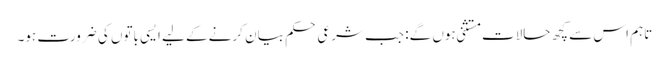
تاہم اس سے کچھ حالات مستثنی ہوں گے: جب شرعی حکم بیان کرنے کے لیے ایسی باتوں کی ضرورت ہو۔